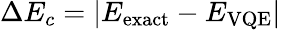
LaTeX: \Delta E_{c}=|E_{\textrm{exact}}-E_{\textrm{VQE}}|